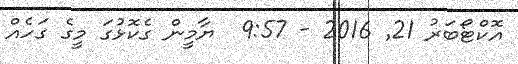
އޮކްޓޯބަރު 21